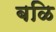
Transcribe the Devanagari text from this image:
बळि